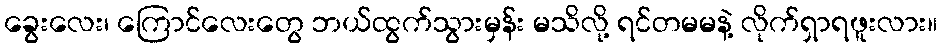
ခွေးလေး၊ ကြောင်လေးတွေ ဘယ်ထွက်သွားမှန်း မသိလို့ ရင်တမမနဲ့ လိုက်ရှာရဖူးလား။